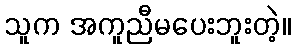
သူက အကူညီမပေးဘူးတဲ့။